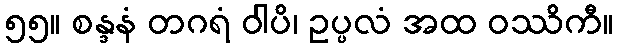
၅၅။ စန္ဒနံ တဂရံ ဝါပိ၊ ဥပ္ပလံ အထ ဝဿိကီ။